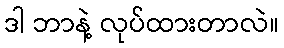
ဒါ ဘာနဲ့ လုပ်ထားတာလဲ။